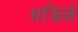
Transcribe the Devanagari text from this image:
मंझिलें